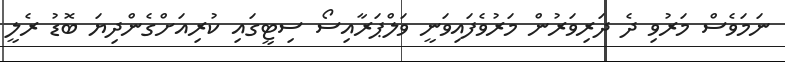
ނަމަވެސް މަރުވި ދެ ދަރިވަރުން މަރުވެފައިވަނީ ވަލްޕަރާއިސޯ ސިޓީގައި ކުރިއަށްގެންދިޔަ ބޮޑު ރެލީ